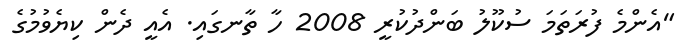
"އެންމެ ފުރަތަމަ ސުކޫލު ބަންދުކުރީ 2008 ހާ ތާނގައި. އެއީ ދެން ކިޔެވުމުގެ